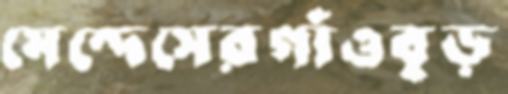
মেন্দেসেরগাঁওবুড়